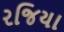
રજિયા